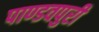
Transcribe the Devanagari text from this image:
पाण्डवपुरी